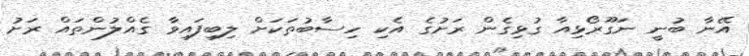
އޭނާ ބުނީ ނަގޫރޯޅިއާ ގުޅިގެން ރަށުގެ އެކި ހިސާބުތަކަށް ލިބިފައިވާ ގެއްލުންތައް ރަށު